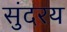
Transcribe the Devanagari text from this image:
सुंदरय